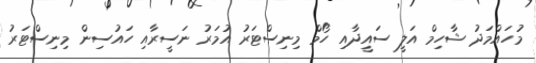
މުހައްމަދު ޝާހިމް އަލީ ސައީދާއި ހޯމް މިނިސްޓަރު އުމަރު ނަސީރާއި ހައުސިން މިނިސްޓަރު